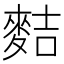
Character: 𪌧